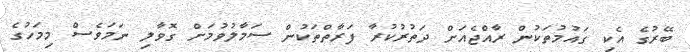
ބޭރުގެ އެކި ގައުމުތަކުން ރާއްޖެއަށް ދަތުރުކުރާ ފަރާތްތަކުން ސަމާލުވުމަށް ގޮވާލި ނަމަވެސް މިމަހުގެ